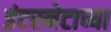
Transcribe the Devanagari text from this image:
इंटरनेटाच्या